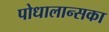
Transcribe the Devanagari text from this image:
पोधालान्सका